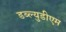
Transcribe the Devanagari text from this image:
डब्ल्युडीएम